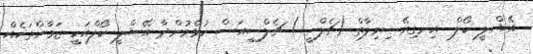
އޭޝްލީ ކޯލް  އިނގިރޭސިވިލާތް (ޗެލްސީ) ޗެލްސީއަސް ކުޅެމުންދާ އޭޝްލީ ކޯލްއަކީ ޒަމާންތަކެއް